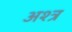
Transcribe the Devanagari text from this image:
अश्त्र